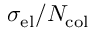
\sigma _ { \mathrm { e l } } / N _ { \mathrm { c o l } }